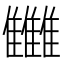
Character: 雦